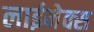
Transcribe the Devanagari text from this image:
लाईनेक्स